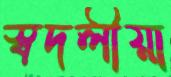
স্বদলীয়া